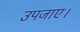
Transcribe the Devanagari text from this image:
उपजाए।